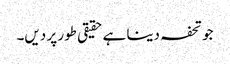
جو تحفہ دینا ہے حقیقی طور پر دیں۔